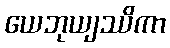
ယေဘုယျဿိကာ